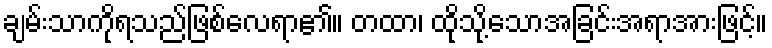
ချမ်းသာကိုရသည်ဖြစ်လေရာ၏။ တထာ၊ ထိုသို့သောအခြင်းအရာအားဖြင့်။